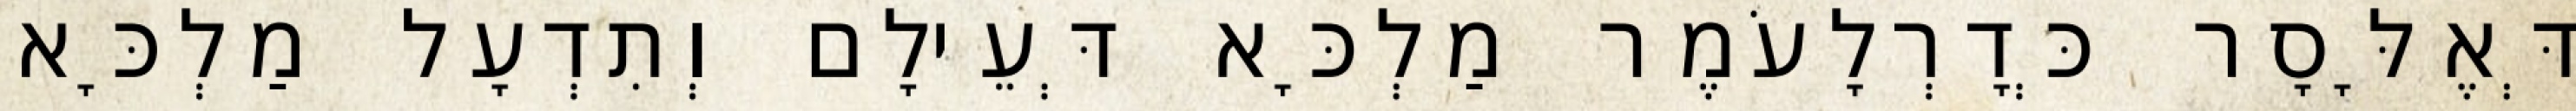
דְּאֶלָּסָר כְּדָרְלָעֹמֶר מַלְכָּא דְּעֵילָם וְתִדְעָל מַלְכָּא